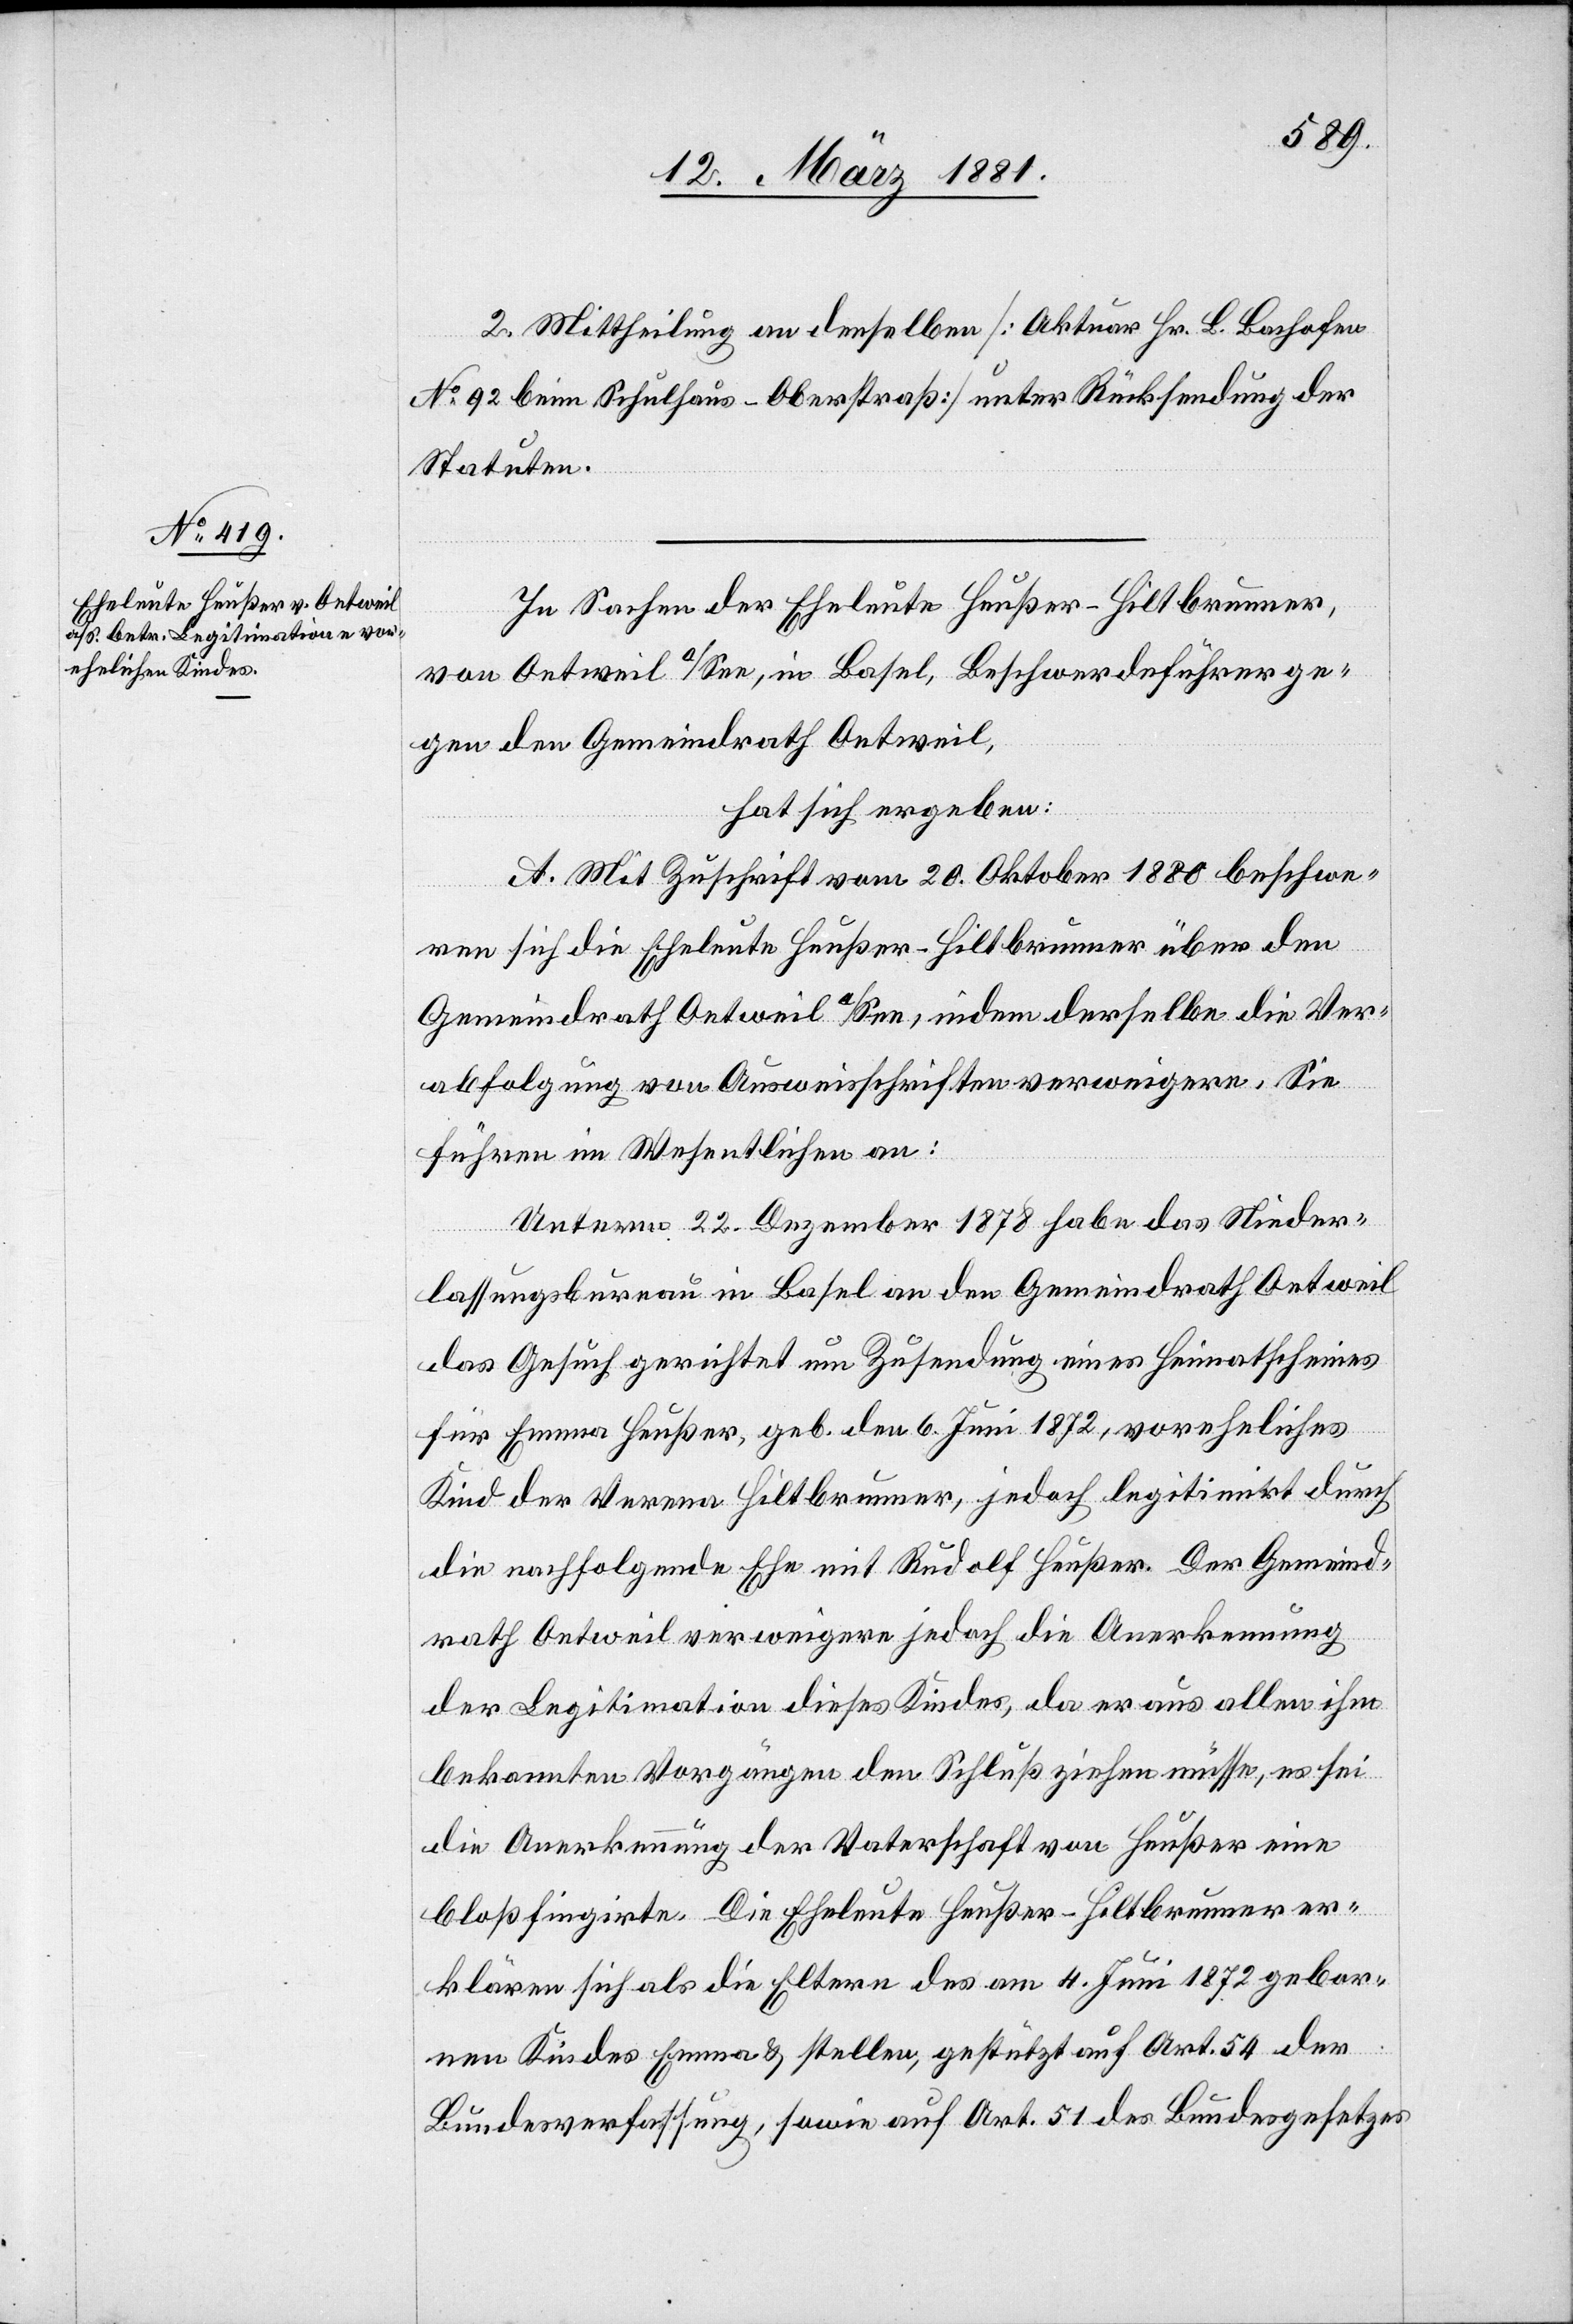
2. Mittheilung an denselben [Aktuar Hr. B. Bachofen
No 92 beim Schulhaus - Oberstraß] unter Rücksendung der
Statuten.
In Sachen der Eheleute Heußer-Hiltbrunner,
von Oetweil a/See, in Basel, Beschwerdeführer ge¬
gen Gemeindrath Oetweil,
hat sich ergeben:
A. Mit Zuschrift vom 20. Oktober 1880 beschwe¬
ren sich die Eheleute Heußer-Hiltbrunner über den
Gemeindrath Oetweil a/See, indem derselbe die Ver¬
abfolgung von Ausweisschriften verweigere. Sie
führen im Wesentlichen an:
Unterm 22. Dezember 1878 habe das Nieder¬
lassungsbureau in Basel an den Gemeindrath Oetweil
das Gesuch gerichtet um Zusendung eines Heimatscheines
für Emma Heußer, geb. den 6. Juni 1872, voreheliches
Kind der Verena Hiltbrunner, jedoch legitimirt durch
die nachfolgende Ehe mit Rudolf Heußer. Der Gemeind¬
rath Oetweil verweigere jedoch die Anerkennung
der Legitimation dieses Kindes, da er aus allen ihm
bekannten Vorgängen den Schluß ziehen müsse, es sei
die Anerkennung der Vaterschaft von Heußer eine
bloß fingirte. Die Eheleute Heußer-Hiltbrunner er¬
klären sich als die Eltern des am 4. Juni 1872 gebor¬
nen Kindes Emma & stellen, gestützt auf Art. 54 der
Bundesverfassung, sowie auf Art. 51 des Bundesgesetzes